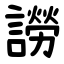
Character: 䜎